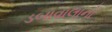
ડબાવાલાનો